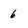
Character: 6